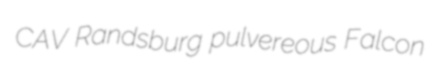
CAV Randsburg pulvereous Falcon